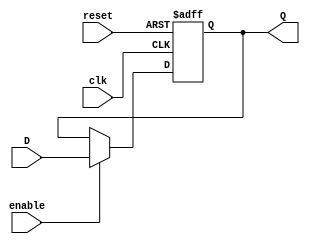
/* Resettable D-FlipFlop
 * 
*/ 

module ffre #(parameter WIDTH=32, parameter RESET_VALUE=32'h0)(
        input [WIDTH-1:0] D,
        input clk,
        input reset,
        input enable,
        output reg [WIDTH-1:0] Q    );
        
        always @ (posedge clk, posedge reset)
        begin
            if(reset)
                Q <= RESET_VALUE;
            else if(enable)
                Q <= D;
        end
endmodule